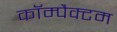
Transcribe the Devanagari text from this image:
कॉम्पैक्टम